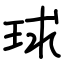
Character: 球